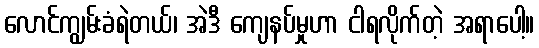
လောင်ကျွမ်းခံရဲတယ်၊ အဲဒီ ကျေနပ်မှုဟာ ငါရလိုက်တဲ့ အရာပေါ့။